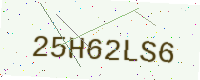
Text: 25H62LS6